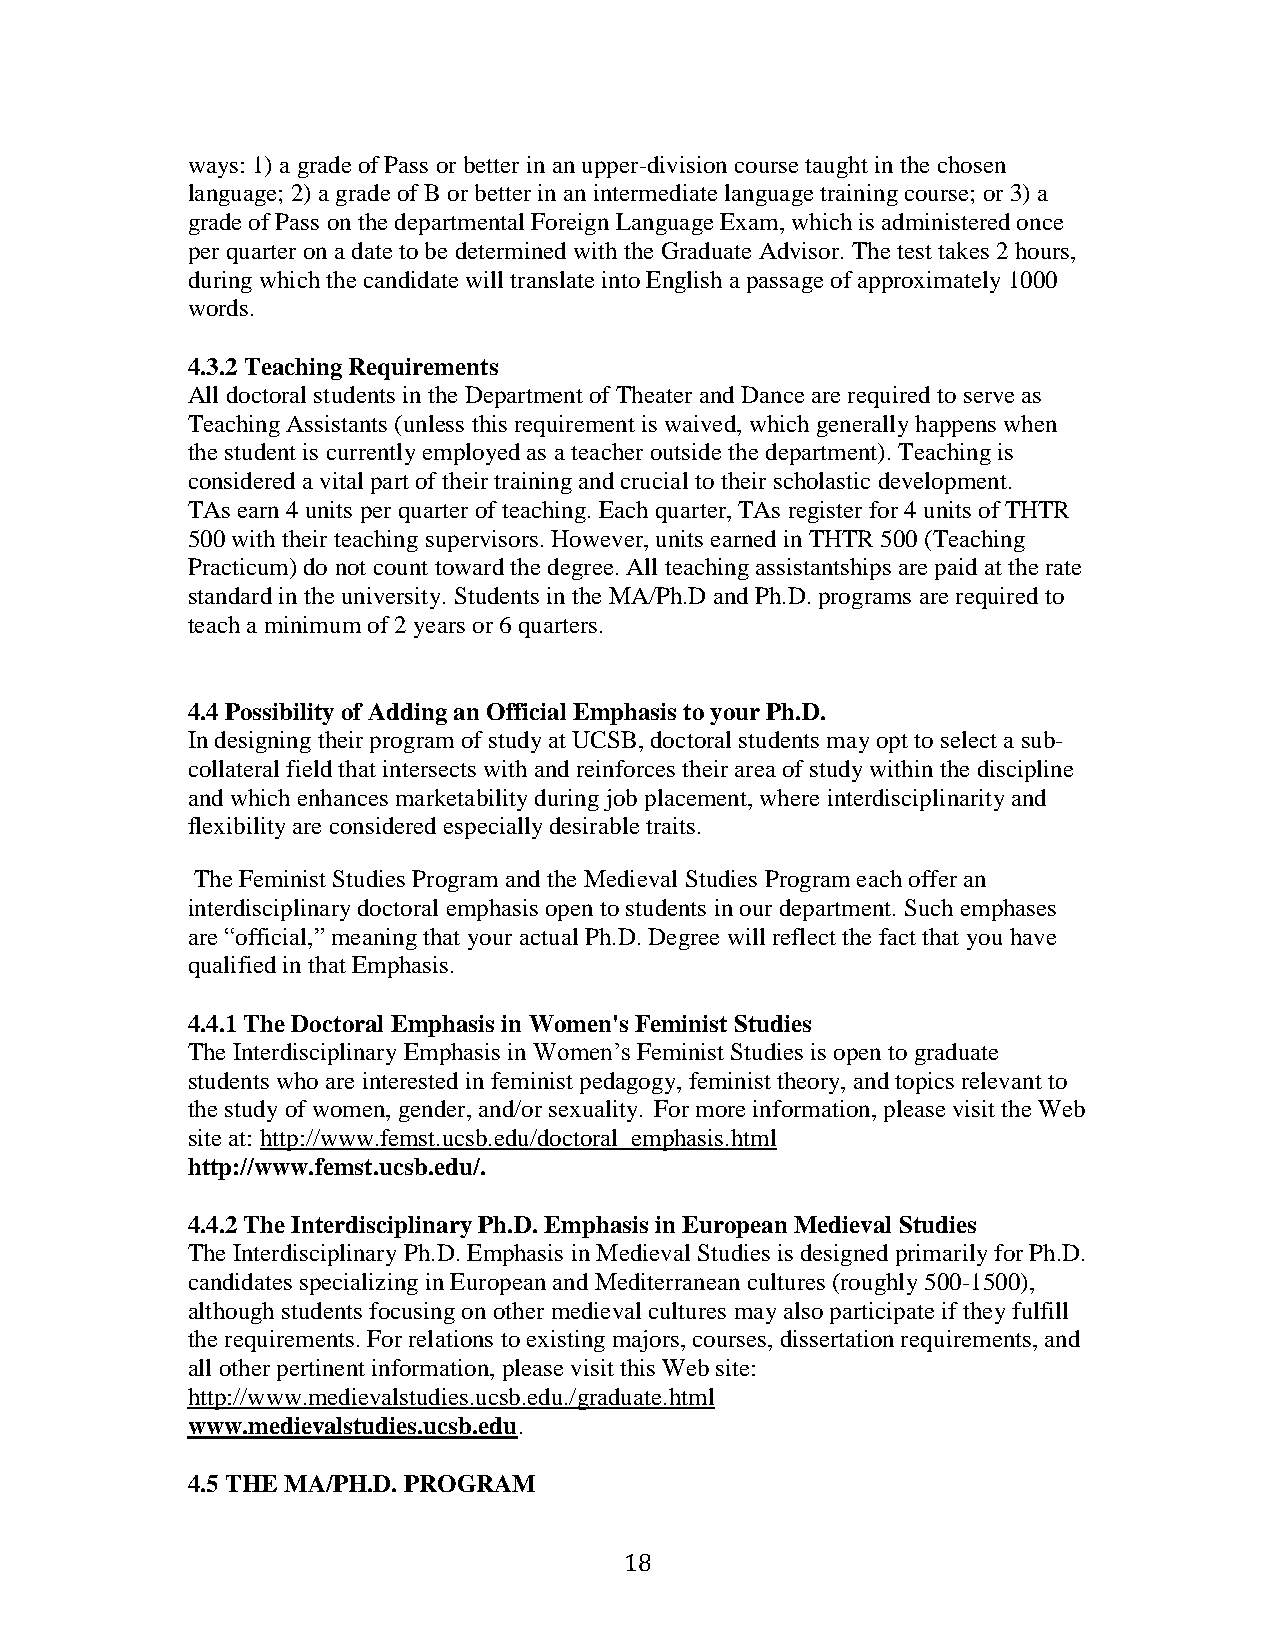
ways: 1) a grade of Pass or better in an upper-division course taught in the chosen
 language; 2) a grade of B or better in an intermediate language training course; or 3) a
 grade of Pass on the departmental Foreign Language Exam, which is administered once
 per quarter on a date to be determined with the Graduate Advisor. The test takes 2 hours,
 during which the candidate will translate into English a passage of approximately 1000
 words.
 4.3.2 Teaching Requirements
 All doctoral students in the Department of Theater and Dance are required to serve as
 Teaching Assistants (unless this requirement is waived, which generally happens when
 the student is currently employed as a teacher outside the department). Teaching is
 considered a vital part of their training and crucial to their scholastic development.
 TAs earn 4 units per quarter of teaching. Each quarter, TAs register for 4 units of THTR
 500 with their teaching supervisors. However, units earned in THTR 500 (Teaching
 Practicum) do not count toward the degree. All teaching assistantships are paid at the rate
 standard in the university. Students in the MA/Ph.D and Ph.D. programs are required to
 teach a minimum of 2 years or 6 quarters.
 4.4 Possibility of Adding an Official Emphasis to your Ph.D.
 In designing their program of study at UCSB, doctoral students may opt to select a sub-
 collateral field that intersects with and reinforces their area of study within the discipline
 and which enhances marketability during job placement, where interdisciplinarity and
 flexibility are considered especially desirable traits.
 The Feminist Studies Program and the Medieval Studies Program each offer an
 interdisciplinary doctoral emphasis open to students in our department. Such emphases
 are “official,” meaning that your actual Ph.D. Degree will reflect the fact that you have
 qualified in that Emphasis.
 4.4.1 The Doctoral Emphasis in Women's Feminist Studies
 The Interdisciplinary Emphasis in Women’s Feminist Studies is open to graduate
 students who are interested in feminist pedagogy, feminist theory, and topics relevant to
 the study of women, gender, and/or sexuality. For more information, please visit the Web
 site at: http://www.femst.ucsb.edu/doctoral_emphasis.html
 http://www.femst.ucsb.edu/.
 4.4.2 The Interdisciplinary Ph.D. Emphasis in European Medieval Studies
 The Interdisciplinary Ph.D. Emphasis in Medieval Studies is designed primarily for Ph.D.
 candidates specializing in European and Mediterranean cultures (roughly 500-1500),
 although students focusing on other medieval cultures may also participate if they fulfill
 the requirements. For relations to existing majors, courses, dissertation requirements, and
 all other pertinent information, please visit this Web site:
 http://www.medievalstudies.ucsb.edu./graduate.html
 www.medievalstudies.ucsb.edu.
 4.5 THE MA/PH.D. PROGRAM
 18